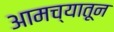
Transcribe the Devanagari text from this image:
आमच्यातून